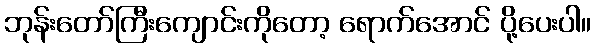
ဘုန်းတော်ကြီးကျောင်းကိုတော့ ရောက်အောင် ပို့ပေးပါ။